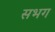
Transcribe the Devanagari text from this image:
सभग